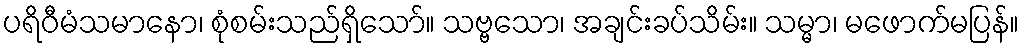
ပရိဝီမံသမာနော၊ စုံစမ်းသည်ရှိသော်။ သဗ္ဗသော၊ အချင်းခပ်သိမ်း။ သမ္မာ၊ မဖောက်မပြန်။